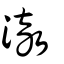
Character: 澈